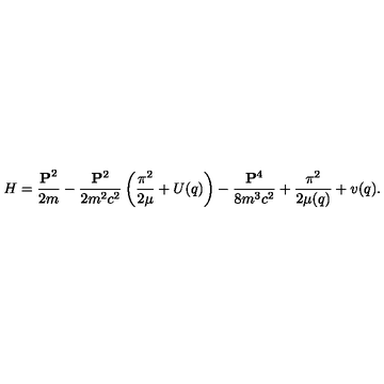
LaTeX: H = \frac { { \bf P } ^ { 2 } } { 2 m } - \frac { { \bf P } ^ { 2 } } { 2 m ^ { 2 } c ^ { 2 } } \left( \frac { { \mathrm { \boldmath \pi } } ^ { 2 } } { 2 \mu } + U ( q ) \right) - \frac { { \bf P } ^ { 4 } } { 8 m ^ { 3 } c ^ { 2 } } + \frac { { \mathrm { \boldmath \pi } } ^ { 2 } } { 2 \mu ( q ) } + v ( q ) .